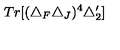
T r [ ( \triangle _ { F } \triangle _ { J } ) ^ { 4 } \triangle _ { 2 } ^ { \prime } ]